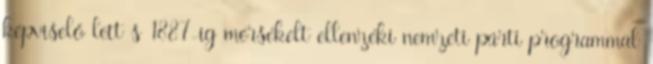
képviselő lett s 1887-ig mérsékelt ellenzéki nemzeti párti programmal